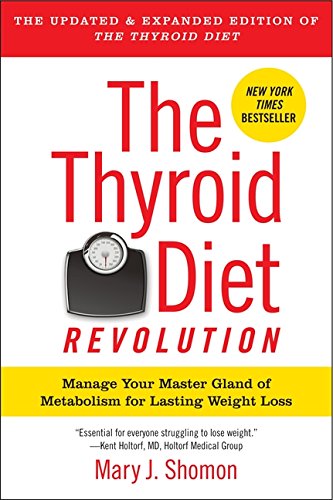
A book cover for The Thyroid Diet Revolution: Manage Your Master Gland of Metabolism for Lasting Weight Loss; Mary J. Shomon; Health, Fitness & Dieting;